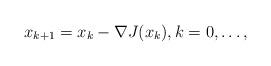
LaTeX: \begin{align*}x_{k+1} = x_k - \nabla J(x_k) , k = 0,\ldots, \end{align*}